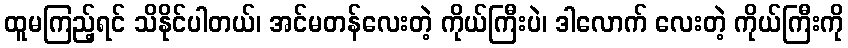
ထူမကြည့်ရင် သိနိုင်ပါတယ်၊ အင်မတန်လေးတဲ့ ကိုယ်ကြီးပဲ၊ ဒါလောက် လေးတဲ့ ကိုယ်ကြီးကို